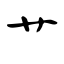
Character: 艹